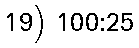
19) 100:25